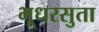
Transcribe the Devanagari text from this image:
भूधरसुता